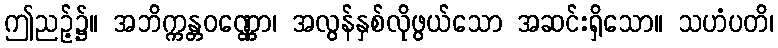
ဤညဉ့်၌။ အဘိက္ကန္တဝဏ္ဏော၊ အလွန်နှစ်လိုဖွယ်သော အဆင်းရှိသော။ သဟံပတိ၊